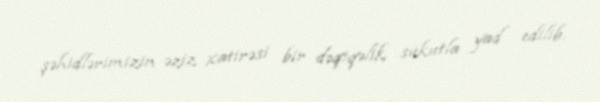
şəhidlərimizin əziz xatirəsi bir dəqiqəlik sükutla yad edilib.